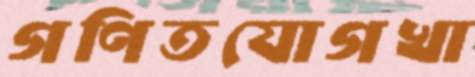
গণিতযোগখা